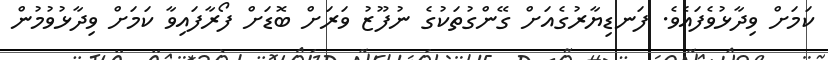
ކަމަށް ވިދާޅުވެފައެވެ. ފަނޑިޔާރުގެއަށް ގޭންގުތަކުގެ ނުފޫޒު ވަރަށް ބޮޑަށް ފޯރާފައިވާ ކަމަށް ވިދާޅުވުމުން